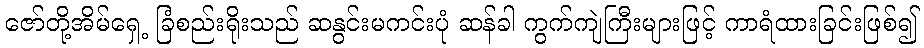
ဇော်တို့အိမ်ရှေ့ ခြံစည်းရိုးသည် ဆနွင်းမကင်းပုံ ဆန်ခါ ကွက်ကျဲကြီးများဖြင့် ကာရံထားခြင်းဖြစ်၍